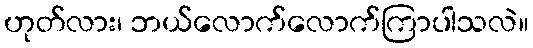
ဟုတ်လား၊ ဘယ်လောက်လောက်ကြာပါသလဲ။